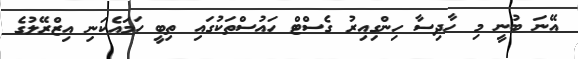
އޭނަ ބުނީ މި ހާދިސާ ހިންގިއިރު ގެސްޓް ހައުސްތަކުގައި ތިބީ ހަމައެކަނި އިޒްރޭލުގެ